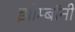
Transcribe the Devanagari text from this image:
झोम्बॉनी